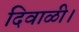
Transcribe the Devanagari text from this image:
दिवाळी।